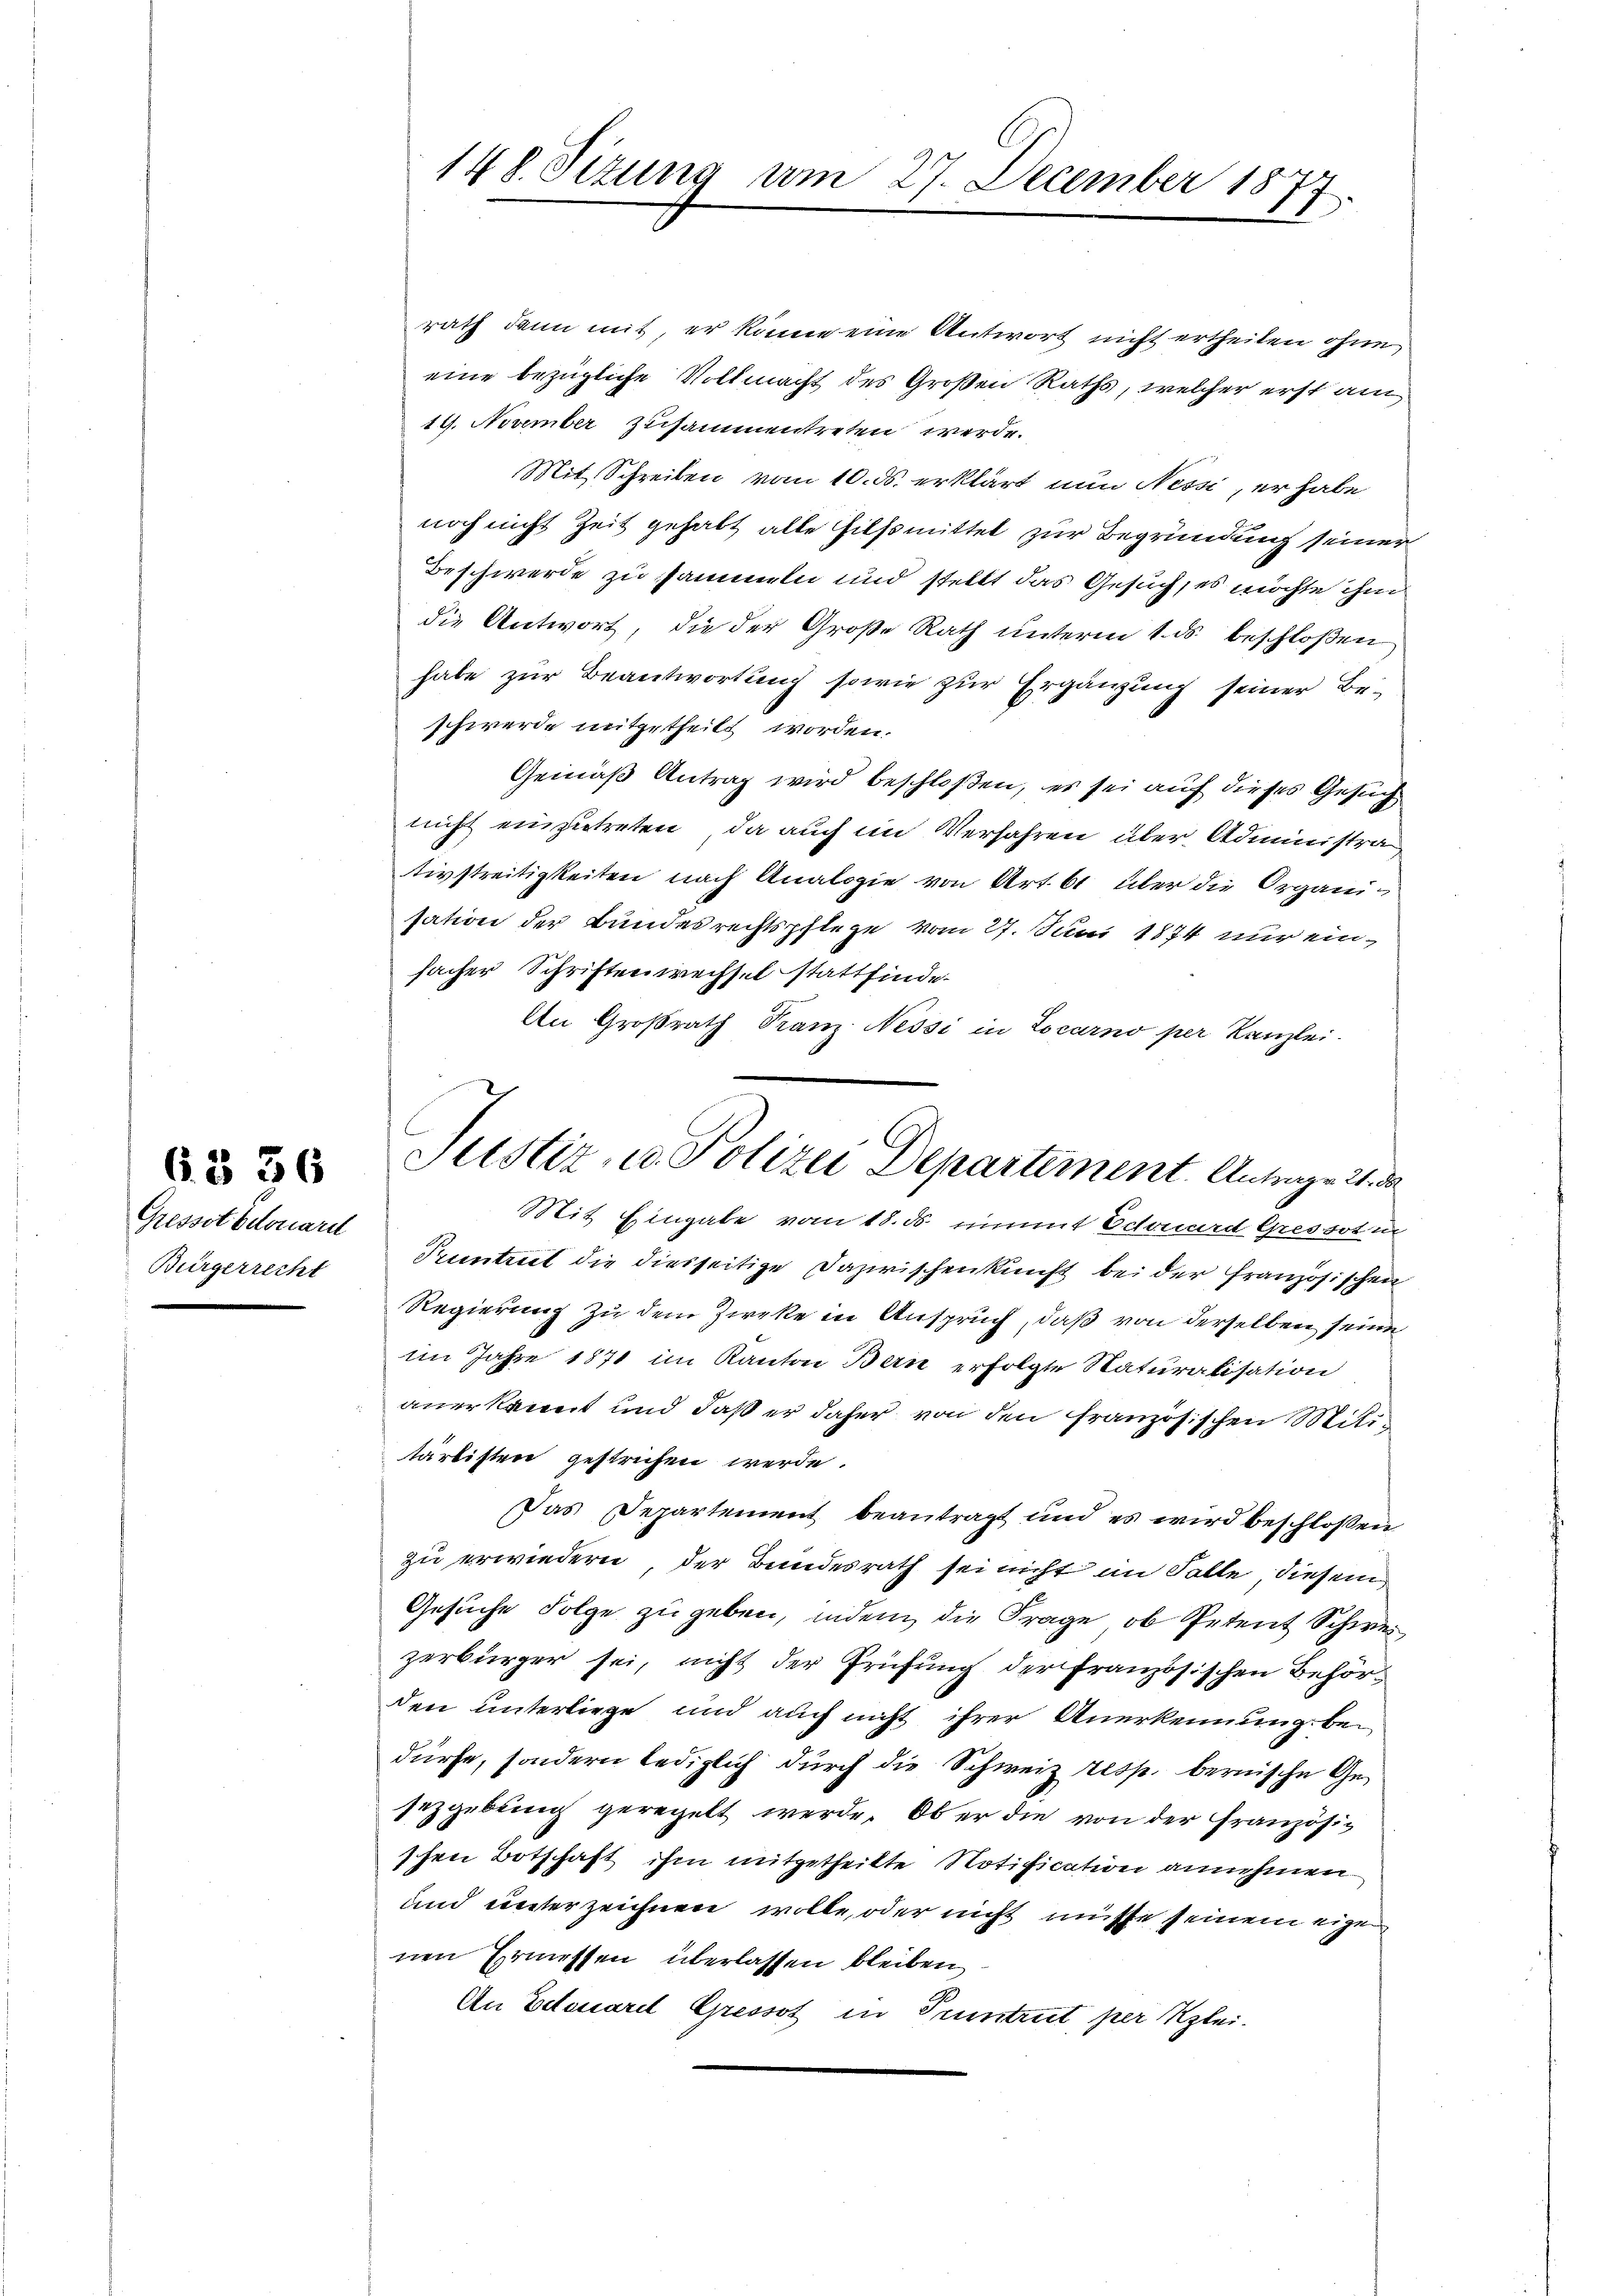
Gresset belouarel
Bürgerrecht

6 § 36

148. Sizung am 27. December 1877

rath dann mit, er könne eine Antwort nicht ertheilen ohne
eine bezügliche Vollmacht des Großen Raths, welcher erst am
19. November zusammentreten werde.
Mit Schreiben vom 10. ds. erklärt nun Nessi, er habe
noch nicht Zeit gehabt alle Hilfsmittel zur Begründung seiner
Beschwerde zu sammeln und stellt das Gesuch, es möchte ihm
die Antwort, die der Große Rath unterm 1. ds. beschloßen
habe zur Beantwortung sowie zur Ergänzung seiner Be-
schwerde mitgetheilt worden.
Gemäß Antrag wird beschloßen, es sei auf dieses Gesuch
nicht einzutreten, da auch im Verfahren über Administrativstreitigkeiten nach Analogie von Art. 61 über die Organi-
sation der Bundesrechtspflege vom 27. Juni 1874 nur einsacher Schriftenwechsel stattfinde.
An Großrath Franz Nessi in Locarno per Kanzlei-
Pruntreet die diesseitige Dazwischenkunft bei der französischen
Regierung zu dem Zircke in Anspruch, daß von derselben seine
im Jahre 1871 im Kanton Bern erfolgte Naturalisation
anerkannt und daß er daher von den französischen Militärlisten gestrichen werde.
Das Departement beantragt und es wird beschlossen
zu erwiedern, der Bundesrath sei nicht im Falle diesem
Gesuche Folge zu geben, indem die Frage, ob Petent Schweizerbürger sei, nicht der Prüfung der französischen Behörden unterliege und auch nicht ihrer Anerkennung bedürfe, sondern lediglich durch die Schweiz resp. bernische Gesezgebung geregelt werde. Ob er die von der Französischen Botschaft ihm mitgetheilte Notification annehmen
und unterzeichnen wolle, oder nicht müsse seinem eigen
nen Ermessen überlassen bleiben,
An Etauarel Gressot in Tuntrut per Klei¬

Justiz- u. Polizei Departement. Antrage 2. d
Mit Eingabe vom 18. ds mit Edouard Gressot in